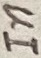
Text: In